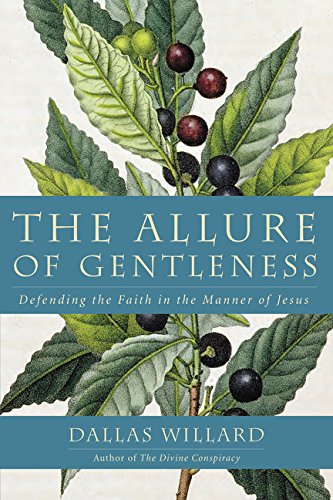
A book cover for The Allure of Gentleness: Defending the Faith in the Manner of Jesus; Dallas Willard; Christian Books & Bibles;